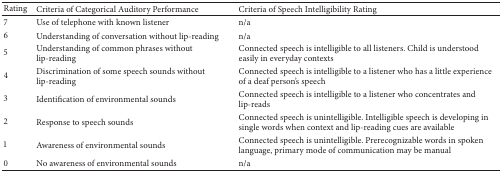
| Rating | Criteria of Categorical Auditory Performance | Criteria of Speech Intelligibility Rating |
 | --- | --- | --- |
 | 7 | Use of telephone with known listener | n/a |
 | 6 | Understanding of conversation without lip-reading | n/a |
 | 5 | Understanding of common phrases without lip-reading | Connected speech is intelligible to all listeners. Child is understood easily in everyday contexts |
 | 4 | Discrimination of some speech sounds without lip-reading | Connected speech is intelligible to a listener who has a little experience of a deaf person's speech |
 | 3 | Identification of environmental sounds | Connected speech is intelligible to a listener who concentrates and lip-reads |
 | 2 | Response to speech sounds | Connected speech is unintelligible. Intelligible speech is developing in single words when context and lip-reading cues are available |
 | 1 | Awareness of environmental sounds | Connected speech is unintelligible. Prerecognizable words in spoken language, primary mode of communication may be manual |
 | 0 | No awareness of environmental sounds | n/a |